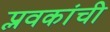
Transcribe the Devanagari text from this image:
प्लवकांची